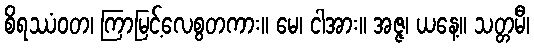
စိရဿံဝတ၊ ကြာမြင့်လေစွတကား။ မေ၊ ငါအား။ အဇ္ဇ၊ ယနေ့။ သတ္တမီ၊